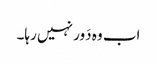
اب وہ دَور نہیں رہا۔